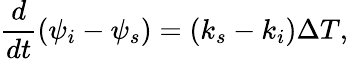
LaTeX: \frac{d}{dt}(\psi_{i}-\psi_{s})=(k_{s}-k_{i})\Delta T,